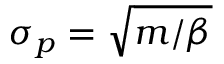
\sigma _ { p } = \sqrt { m / \beta }